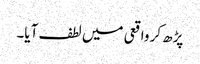
پڑھ کر واقعی میں لطف آیا۔